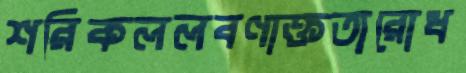
শরিকললবণাক্ততারোধ